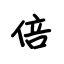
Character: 倍